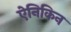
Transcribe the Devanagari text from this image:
ऐनिकिन